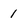
Character: 1